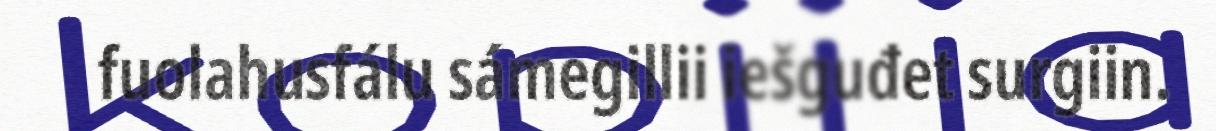
fuolahusfálu sámegillii iešguđet surgiin.